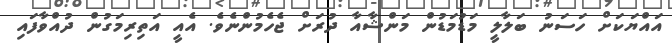
އައްޔަކަށް ހަސަނު ބަލާލީ މަޑުމަޑުން މަންޝާއާ ދުރަށް ޖެހެމުންނެވެ. އެއީ އަތިރިމަގުން ދުއްވާފައި